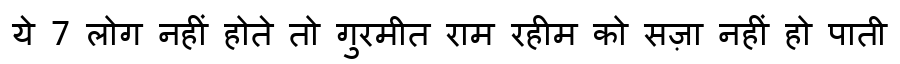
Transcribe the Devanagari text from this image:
ये 7 लोग नहीं होते तो गुरमीत राम रहीम को सज़ा नहीं हो पाती